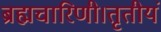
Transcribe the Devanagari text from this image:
ब्रह्मचारिणी।तृतीयं